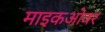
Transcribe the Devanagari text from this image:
माइकओवर